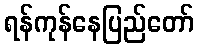
ရန်ကုန်နေပြည်တော်